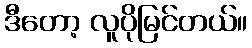
ဒီတော့ လူပိုမြင်တယ်။